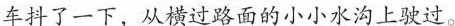
车抖了一下，从横过路面的小小水沟上驶过。